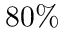
8 0 \%